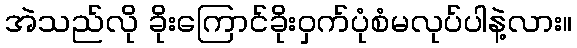
အဲသည်လို ခိုးကြောင်ခိုးဝှက်ပုံစံမလုပ်ပါနဲ့လား။